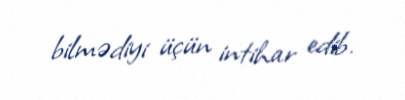
bilmədiyi üçün intihar edib.